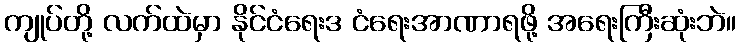
ကျုပ်တို့ လက်ထဲမှာ နိုင်ငံရေးဒ ငံရေးအာဏာရဖို့ အရေးကြီးဆုံးဘဲ။